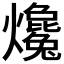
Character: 𤒰